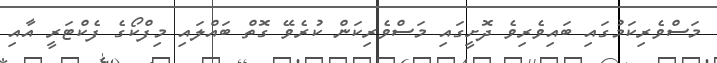
މަސްވެރިކަމުގައި ބައިވެރިވެ ދޮށީގައި މަސްވެރިކަން ކުރެވޭ ގޮތް ބައްލައި މިފްކޯގެ ފެކްޓަރީ އާއި